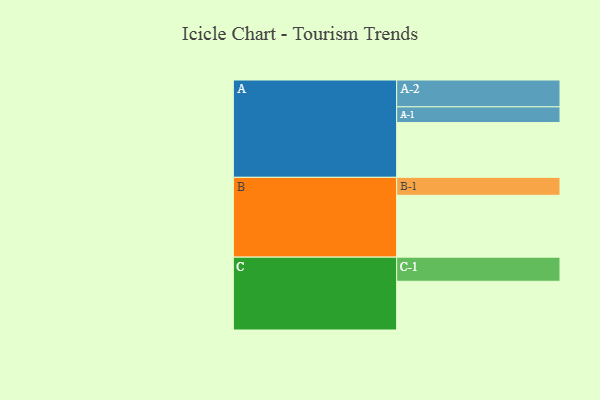
{"axis": {"x": "Segment", "y": "Value"}, "legend": ["", "A", "B", "C"], "data": [{"x": "A", "y": 488, "type": ""}, {"x": "B", "y": 551, "type": ""}, {"x": "C", "y": 434, "type": ""}, {"x": "A-1", "y": 140, "type": "A"}, {"x": "A-2", "y": 239, "type": "A"}, {"x": "B-1", "y": 160, "type": "B"}, {"x": "C-1", "y": 215, "type": "C"}]}